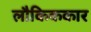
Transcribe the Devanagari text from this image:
लौकिककार